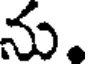
ను